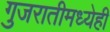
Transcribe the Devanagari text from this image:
गुजरातीमध्येही